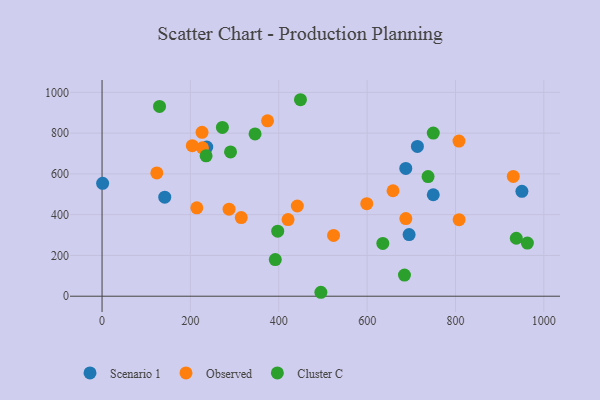
{"axis": {"x": "Distance", "y": "Rating"}, "legend": ["Cluster C", "Observed", "Scenario 1"], "data": [{"x": "1.3", "y": 553.8, "type": "Scenario 1"}, {"x": "141.9", "y": 485.9, "type": "Scenario 1"}, {"x": "695.0", "y": 302.2, "type": "Scenario 1"}, {"x": "713.8", "y": 734.9, "type": "Scenario 1"}, {"x": "950.3", "y": 514.4, "type": "Scenario 1"}, {"x": "237.0", "y": 731.7, "type": "Scenario 1"}, {"x": "687.5", "y": 626.8, "type": "Scenario 1"}, {"x": "749.7", "y": 497.8, "type": "Scenario 1"}, {"x": "124.0", "y": 604.8, "type": "Observed"}, {"x": "930.8", "y": 587.8, "type": "Observed"}, {"x": "658.6", "y": 517.3, "type": "Observed"}, {"x": "442.0", "y": 442.6, "type": "Observed"}, {"x": "599.2", "y": 453.7, "type": "Observed"}, {"x": "204.2", "y": 738.3, "type": "Observed"}, {"x": "808.2", "y": 375.5, "type": "Observed"}, {"x": "374.6", "y": 860.5, "type": "Observed"}, {"x": "421.0", "y": 375.9, "type": "Observed"}, {"x": "287.5", "y": 426.9, "type": "Observed"}, {"x": "226.3", "y": 803.7, "type": "Observed"}, {"x": "524.0", "y": 298.4, "type": "Observed"}, {"x": "687.6", "y": 381.0, "type": "Observed"}, {"x": "214.5", "y": 433.4, "type": "Observed"}, {"x": "807.9", "y": 761.1, "type": "Observed"}, {"x": "227.3", "y": 727.9, "type": "Observed"}, {"x": "315.1", "y": 385.5, "type": "Observed"}, {"x": "397.6", "y": 319.1, "type": "Cluster C"}, {"x": "937.6", "y": 284.4, "type": "Cluster C"}, {"x": "346.3", "y": 795.9, "type": "Cluster C"}, {"x": "290.8", "y": 707.6, "type": "Cluster C"}, {"x": "749.7", "y": 800.2, "type": "Cluster C"}, {"x": "737.9", "y": 586.7, "type": "Cluster C"}, {"x": "449.1", "y": 963.8, "type": "Cluster C"}, {"x": "235.5", "y": 688.6, "type": "Cluster C"}, {"x": "272.4", "y": 827.7, "type": "Cluster C"}, {"x": "392.1", "y": 179.8, "type": "Cluster C"}, {"x": "684.5", "y": 103.8, "type": "Cluster C"}, {"x": "962.7", "y": 260.8, "type": "Cluster C"}, {"x": "495.3", "y": 19.3, "type": "Cluster C"}, {"x": "635.5", "y": 259.1, "type": "Cluster C"}, {"x": "130.1", "y": 931.0, "type": "Cluster C"}]}